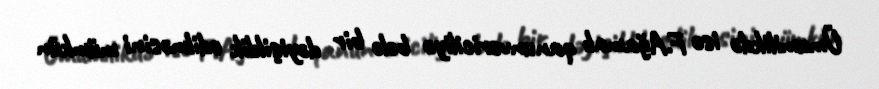
Ümumilikdə isə F.Ağamalı qanunvericiliyə belə bir dəyişiklik edilməsini mümkün